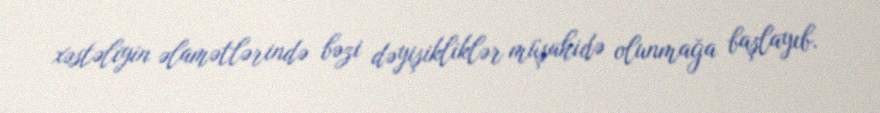
xəstəliyin əlamətlərində bəzi dəyişikliklər müşahidə olunmağa başlayıb.